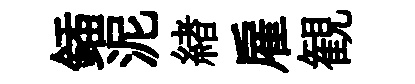
鍤泥緖雇観